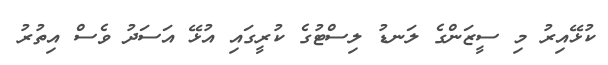
ކުޅޭއިރު މި ސީޒަންގެ ލަނޑު ލިސްޓުގެ ކުރީގައި އުޅޭ އަސަދު ވެސް އިތުރު